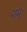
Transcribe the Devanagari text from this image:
गमः